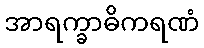
အာရက္ခာဓိကရဏံ